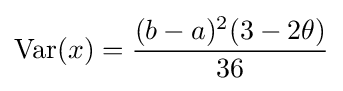
\operatorname {Var} (x)={\frac {(b-a)^{2}(3-2\theta )}{36}}